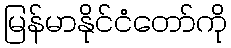
မြန်မာနိုင်ငံတော်ကို